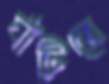
ঘাঁটিতে